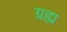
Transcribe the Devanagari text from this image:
ग्रह्य